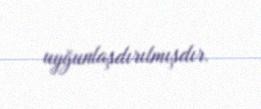
uyğunlaşdırılmışdır.